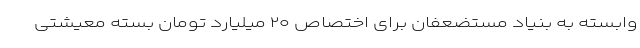
وابسته به بنیاد مستضعفان برای اختصاص ۲۰ میلیارد تومان بسته معیشتی